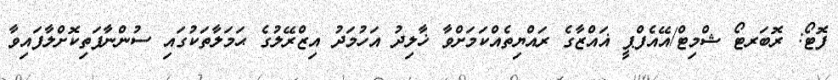
ފޮޓޯ: ރޮބަރޓޯ ޝްމިޓް/އޭއެފްޕީ ޣައްޒާގެ ރައްޔިތެއްކަމަށްވާ ޚާލިދު އަހުމަދު އިޒްރޭލުގެ ޙަމަލާތަކުގައި ސުންނާފަތިކޮށްލާފައިވާ